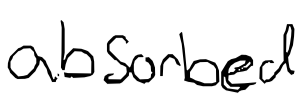
Text: absorbed
Cross-out: clean
Writing tool: digital_black